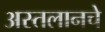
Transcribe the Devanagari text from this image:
अस्तलानचे